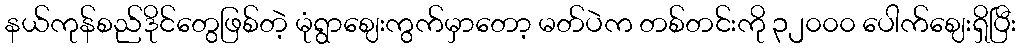
နယ်ကုန်စည်ဒိုင်တွေဖြစ်တဲ့ မုံရွာဈေးကွက်မှာတော့ မတ်ပဲက တစ်တင်းကို ၃၂၀၀၀ ပေါက်ဈေးရှိပြီး